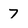
Character: 7